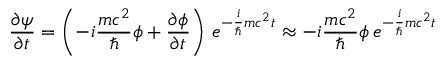
{ \frac { \partial \psi } { \partial t } } = \left( - i { \frac { m c ^ { 2 } } { \hbar } } \phi + { \frac { \partial \phi } { \partial t } } \right) \, e ^ { - { \frac { i } { \hbar } } m c ^ { 2 } t } \approx - i { \frac { m c ^ { 2 } } { \hbar } } \phi \, e ^ { - { \frac { i } { \hbar } } m c ^ { 2 } t }